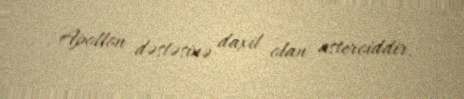
Apollon dəstəsinə daxil olan asteroiddir.